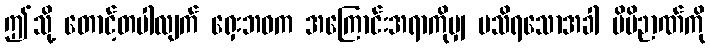
ဤသို့ တောင့်တပါလျက် ရှေးဘဝက အကြောင်းအရာကိုမျှ မသိရသောအခါ မိမိဉာဏ်ကို